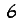
Digit: 6